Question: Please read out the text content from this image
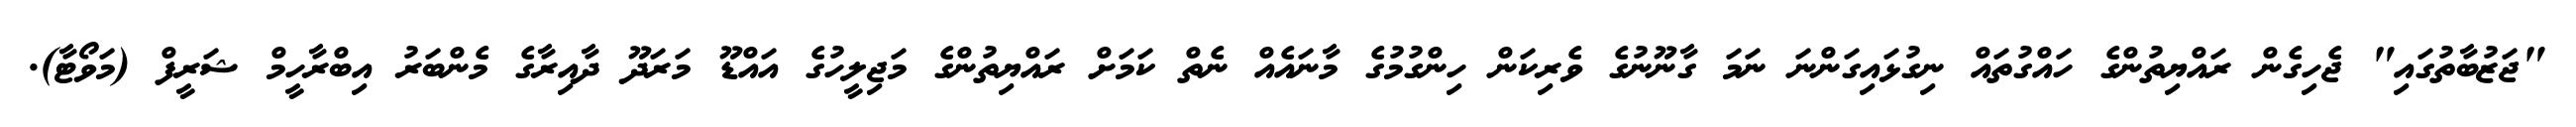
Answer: "ޖަޒުބާތުގައި" ޖެހިގެން ރައްޔިތުންގެ ހައްގުތައް ނިގުޅައިގަންނަ ނަމަ ގާނޫނުގެ ވެރިކަން ހިންގުމުގެ މާނައެއް ނެތް ކަމަށް ރައްޔިތުންގެ މަޖިލީހުގެ އައްޑޫ މަރަދޫ ދާއިރާގެ މެންބަރު އިބްރާހީމް ޝަރީފް (މަވޯޓާ).